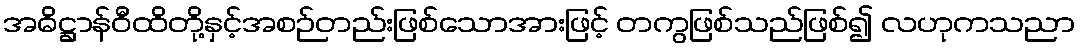
အဓိဋ္ဌာန်ဝီထိတို့နှင့်အစဉ်တည်းဖြစ်သောအားဖြင့် တကွဖြစ်သည်ဖြစ်၍ လဟုကသညာ